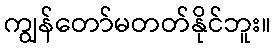
ကျွန်တော်မတတ်နိုင်ဘူး။